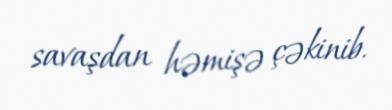
savaşdan həmişə çəkinib.